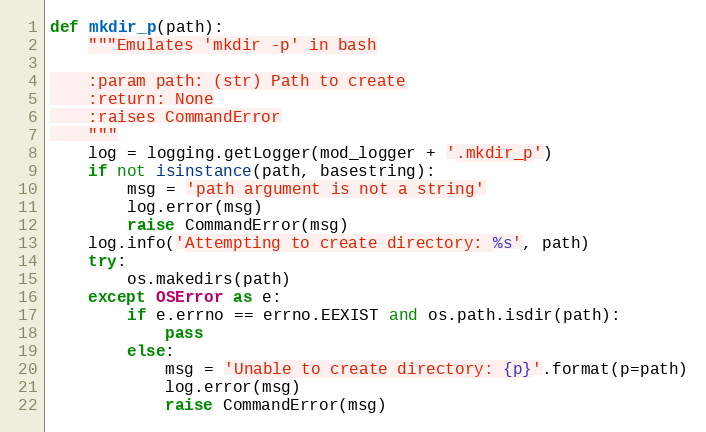
Language: Python
def mkdir_p(path):
    """Emulates 'mkdir -p' in bash

    :param path: (str) Path to create
    :return: None
    :raises CommandError
    """
    log = logging.getLogger(mod_logger + '.mkdir_p')
    if not isinstance(path, basestring):
        msg = 'path argument is not a string'
        log.error(msg)
        raise CommandError(msg)
    log.info('Attempting to create directory: %s', path)
    try:
        os.makedirs(path)
    except OSError as e:
        if e.errno == errno.EEXIST and os.path.isdir(path):
            pass
        else:
            msg = 'Unable to create directory: {p}'.format(p=path)
            log.error(msg)
            raise CommandError(msg)